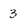
Character: 3